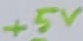
Text: +5V